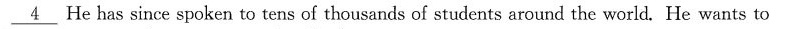
\underline{4} He has since spoken to tens of thousands of students around the world. He wants to